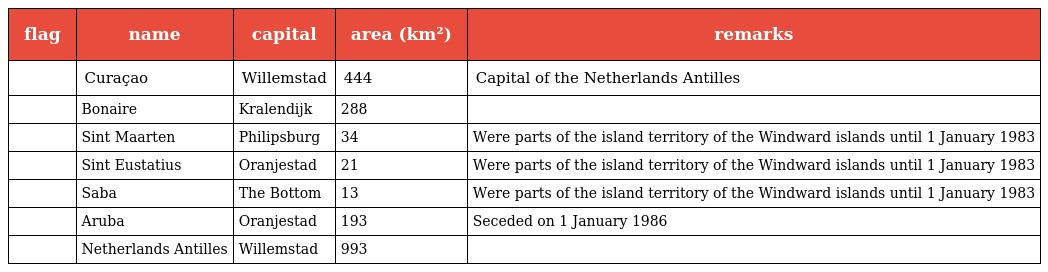
| flag | name | capital | area (km²) | remarks |
 | --- | --- | --- | --- | --- |
 |  | Curaçao | Willemstad | 444 | Capital of the Netherlands Antilles |
 |  | Bonaire | Kralendijk | 288 |  |
 |  | Sint Maarten | Philipsburg | 34 | Were parts of the island territory of the Windward islands until 1 January 1983 |
 |  | Sint Eustatius | Oranjestad | 21 | Were parts of the island territory of the Windward islands until 1 January 1983 |
 |  | Saba | The Bottom | 13 | Were parts of the island territory of the Windward islands until 1 January 1983 |
 |  | Aruba | Oranjestad | 193 | Seceded on 1 January 1986 |
 |  | Netherlands Antilles | Willemstad | 993 |  |